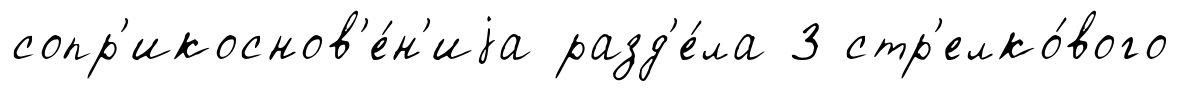
сопр'икоснов'е́н'иjа разд'е́ла 3 стр'елко́вого